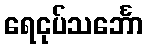
ရေငုပ်သင်္ဘော